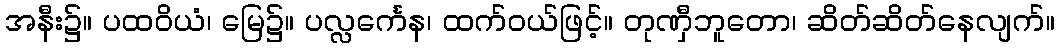
အနီး၌။ ပထဝိယံ၊ မြေ၌။ ပလ္လင်္ကေန၊ ထက်ဝယ်ဖြင့်။ တုဏှီဘူတော၊ ဆိတ်ဆိတ်နေလျက်။